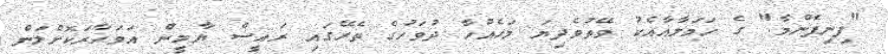
"ފިނިފެންމާ" ގެ ހަމަލާއާއެކު ވޭތުވެދިޔަ މަހެއްހާ ދުވަހުގެ ތެރޭގައި ރައީސް ޔާމީން އަވަހާރަކޮށްލަން